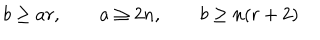
b \geq a r , \qquad a \geq 2 n , \qquad b \geq n ( r + 2 )